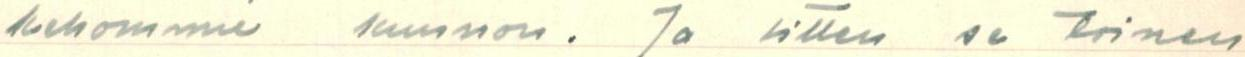
kehomme kunnon. Ja sitten se toinen